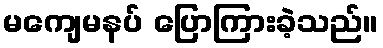
မကျေမနပ် ပြောကြားခဲ့သည်။